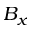
B _ { x }